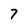
Character: 7